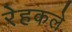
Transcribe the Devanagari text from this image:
रेहकले